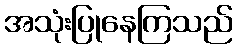
အသုံးပြုနေကြသည်